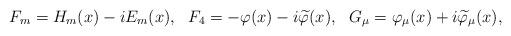
LaTeX: \begin{align*}F_m=H_m (x)-iE_m (x) ,~~F_4=-\varphi (x)-i\widetilde{\varphi}(x),~~G_\mu =\varphi_\mu (x)+i\widetilde{\varphi}_\mu (x) ,\end{align*}